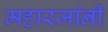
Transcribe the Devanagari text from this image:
महारजांनी